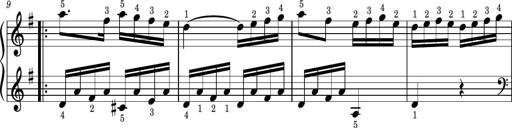
Title: Easy Progressive Lessons and 4 Sonatinas
Composer: Thomas Attwood